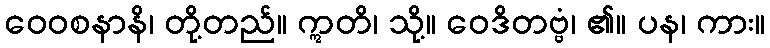
ဝေဝစနာနိ၊ တို့တည်။ ဣတိ၊ သို့။ ဝေဒိတဗ္ဗံ၊ ၏။ ပန၊ ကား။